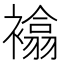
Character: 𧝅